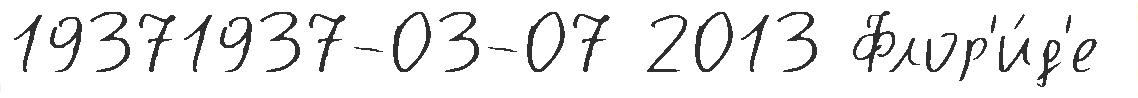
19371937-03-07 2013 Флор'и́д'е